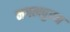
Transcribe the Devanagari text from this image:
नगलपुरम